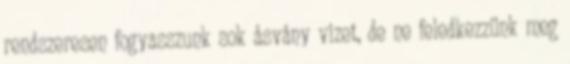
rendszeresen fogyasszunk sok ásvány vizet, de ne feledkezzünk meg